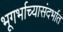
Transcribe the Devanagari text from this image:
भूगर्भाच्यासंदर्भात